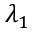
\lambda _ { 1 }